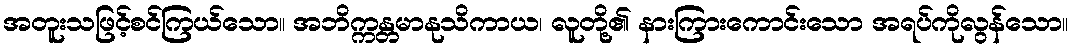
အတူးသဖြင့်စင်ကြယ်သော။ အဘိက္ကန္တမာနုသိကာယ၊ လူတို့၏ နားကြားကောင်းသော အရပ်ကိုလွန်သော။